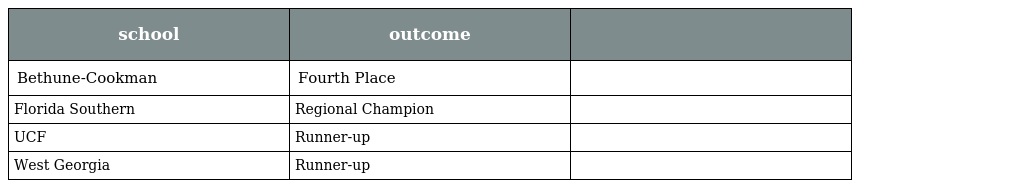
| school | outcome |  |
 | --- | --- | --- |
 | Bethune-Cookman | Fourth Place |  |
 | Florida Southern | Regional Champion |  |
 | UCF | Runner-up |  |
 | West Georgia | Runner-up |  |